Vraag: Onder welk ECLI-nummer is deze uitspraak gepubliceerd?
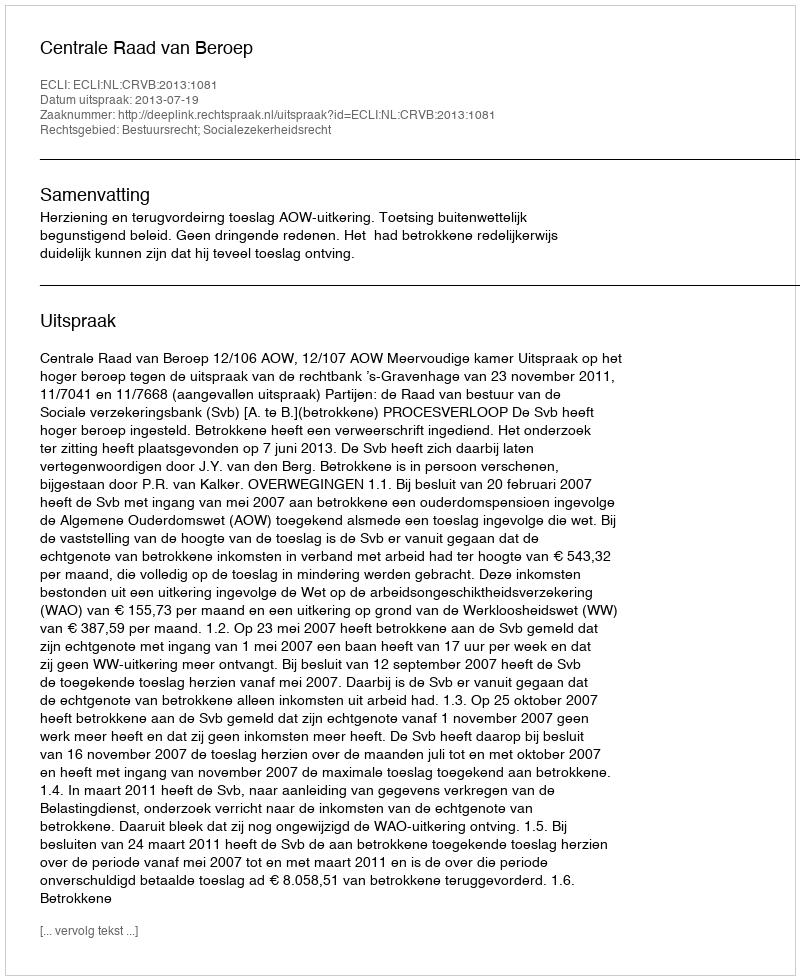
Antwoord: ECLI:NL:CRVB:2013:1081